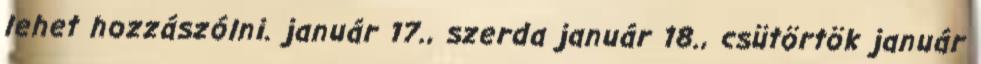
lehet hozzászólni. január 17., szerda január 18., csütörtök január